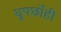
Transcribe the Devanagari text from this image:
धूपछाँही